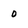
Character: 0